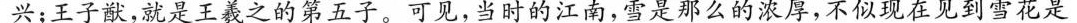
兴；王子猷，就是王羲之的第五子。可见，当时的江南，雪是那么的浓厚，不似现在见到雪花是